Code of medical and sanitary regulations for the guidance of medical officers serving in the Madras Presidency - Volume I
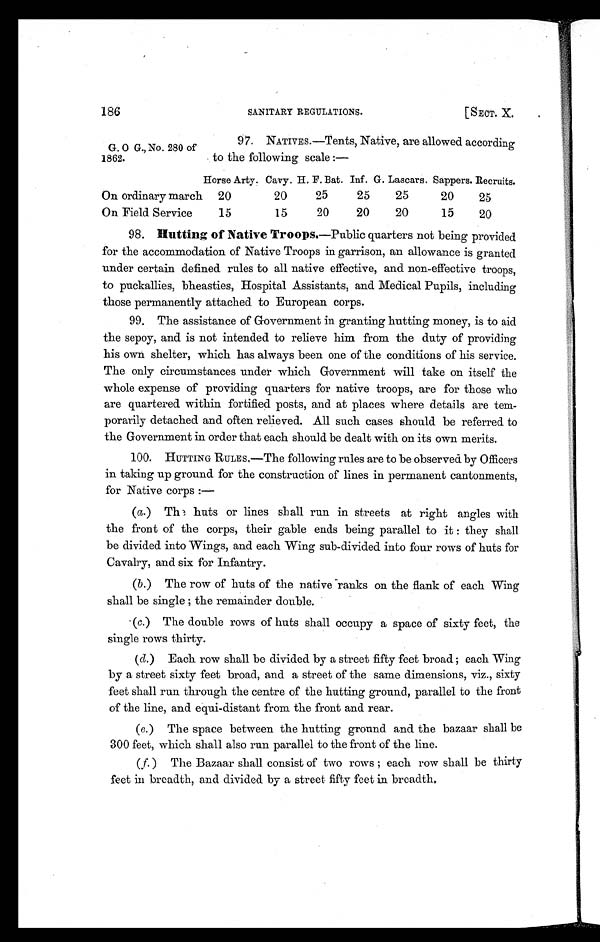
186
SANITARY REGULATIONS. [SECT. X.
G. O G., No. 280 of
1862.
97. NATIVES.—Tents, Native, are allowed according
to the following scale:—
Horse Arty. Cavy. H. F. Bat. Inf. G. Lascars. Sappers. Recruits
On ordinary march
20
20
25
25
25
20
25
On. Field Service
15
15
20
20
20
15
20
98. Hutting of Native Troops. —Public quarters not being provided
for the accommodation of Native Troops in garrison, an allowance is granted
under certain defined rules to all native effective, and non-effective troops,
to puckallies, bheasties, Hospital Assistants, and Medical Pupils, including
those permanently attached to European corps.
99. The assistance of Government in granting hutting money, is to aid
the sepoy, and is not intended to relieve him from the duty of providing
his own shelter, which has always been one of the conditions of his service.
The only circumstances under which Government will take on itself the
whole expense of providing quarters for native troops, are for those who
are quartered within fortified posts, and at places where details are tem-
porarily detached and often relieved. All such cases should be referred to
the Government in order that each should be dealt with on its own merits.
100. HUTTING RULES,—The following rules are to be observed by Officers
in taking up ground for the construction of lines in permanent cantonments,
for Native corps :
—
(a.) The huts or lines shall run in streets at right angles with
the front of the corps, their gable ends being parallel to it: they shall
be divided into Wings, and each Wing sub-divided into four rows of huts for
Cavalry, and six for Infantry.
(b.) The row of huts of the native ranks on the flank of each Wing
shall be single ; the remainder double.
(c.) The double rows of huts shall occupy a space of sixty feet, the
single rows thirty.
(d.) Each row shall be divided by a street fifty feet broad ; each Wing
by a street sixty feet broad, and a street of the same dimensions, viz., sixty
feet shall run through the centre of the hutting ground, parallel to the front
of the line, and equi-distant from the front and rear.
(e.) The space between the hutting ground and the bazaar shall be
300 feet, which shall also run parallel to the front of the line.
(f.) The Bazaar shall consist of two rows; each row shall be thirty
feet in breadth, and divided by a street fifty feet in breadth.